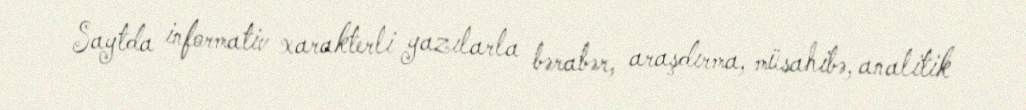
Saytda informativ xarakterli yazılarla bərabər, araşdırma, müsahibə, analitik